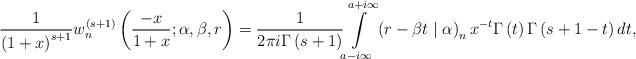
LaTeX: \begin{align*}\frac{1}{\left( 1+x\right) ^{s+1}}w_{n}^{\left( s+1\right) }\left(\frac{-x}{1+x};\alpha,\beta,r\right) =\frac{1}{2\pi i\Gamma\left(s+1\right) }{\displaystyle\int\limits_{a-i\infty}^{a+i\infty}}\left( r-\beta t\mid\alpha\right) _{n}x^{-t}\Gamma\left( t\right)\Gamma\left( s+1-t\right) dt, \end{align*}